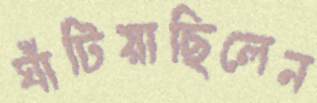
ঘাঁটিয়াছিলেন